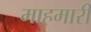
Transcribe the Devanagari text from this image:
माहमारी